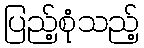
ပြည့်စုံသည့်